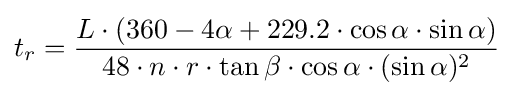
t_{r}={\frac {L\cdot (360-4\alpha +229.2\cdot \cos \alpha \cdot \sin \alpha )}{48\cdot {n}\cdot {r}\cdot \tan \beta \cdot \cos \alpha \cdot (\sin \alpha )^{2}}}